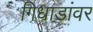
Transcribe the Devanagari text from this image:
गिधाडांवर